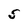
Character: S